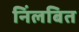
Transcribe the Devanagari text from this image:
निंलबित